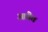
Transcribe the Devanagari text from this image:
आंबेत